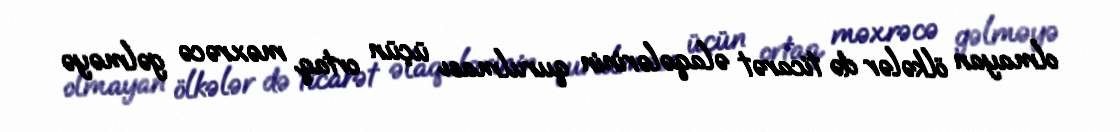
olmayan ölkələr də ticarət əlaqələrinin qurulması üçün ortaq məxrəcə gəlməyə